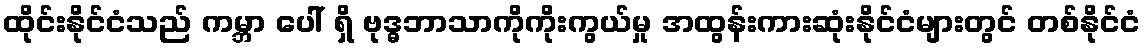
ထိုင်းနိုင်ငံသည် ကမ္ဘာ ပေါ် ရှိ ဗုဒ္ဓဘာသာကိုကိုးကွယ်မှု အထွန်းကားဆုံးနိုင်ငံများတွင် တစ်နိုင်ငံ